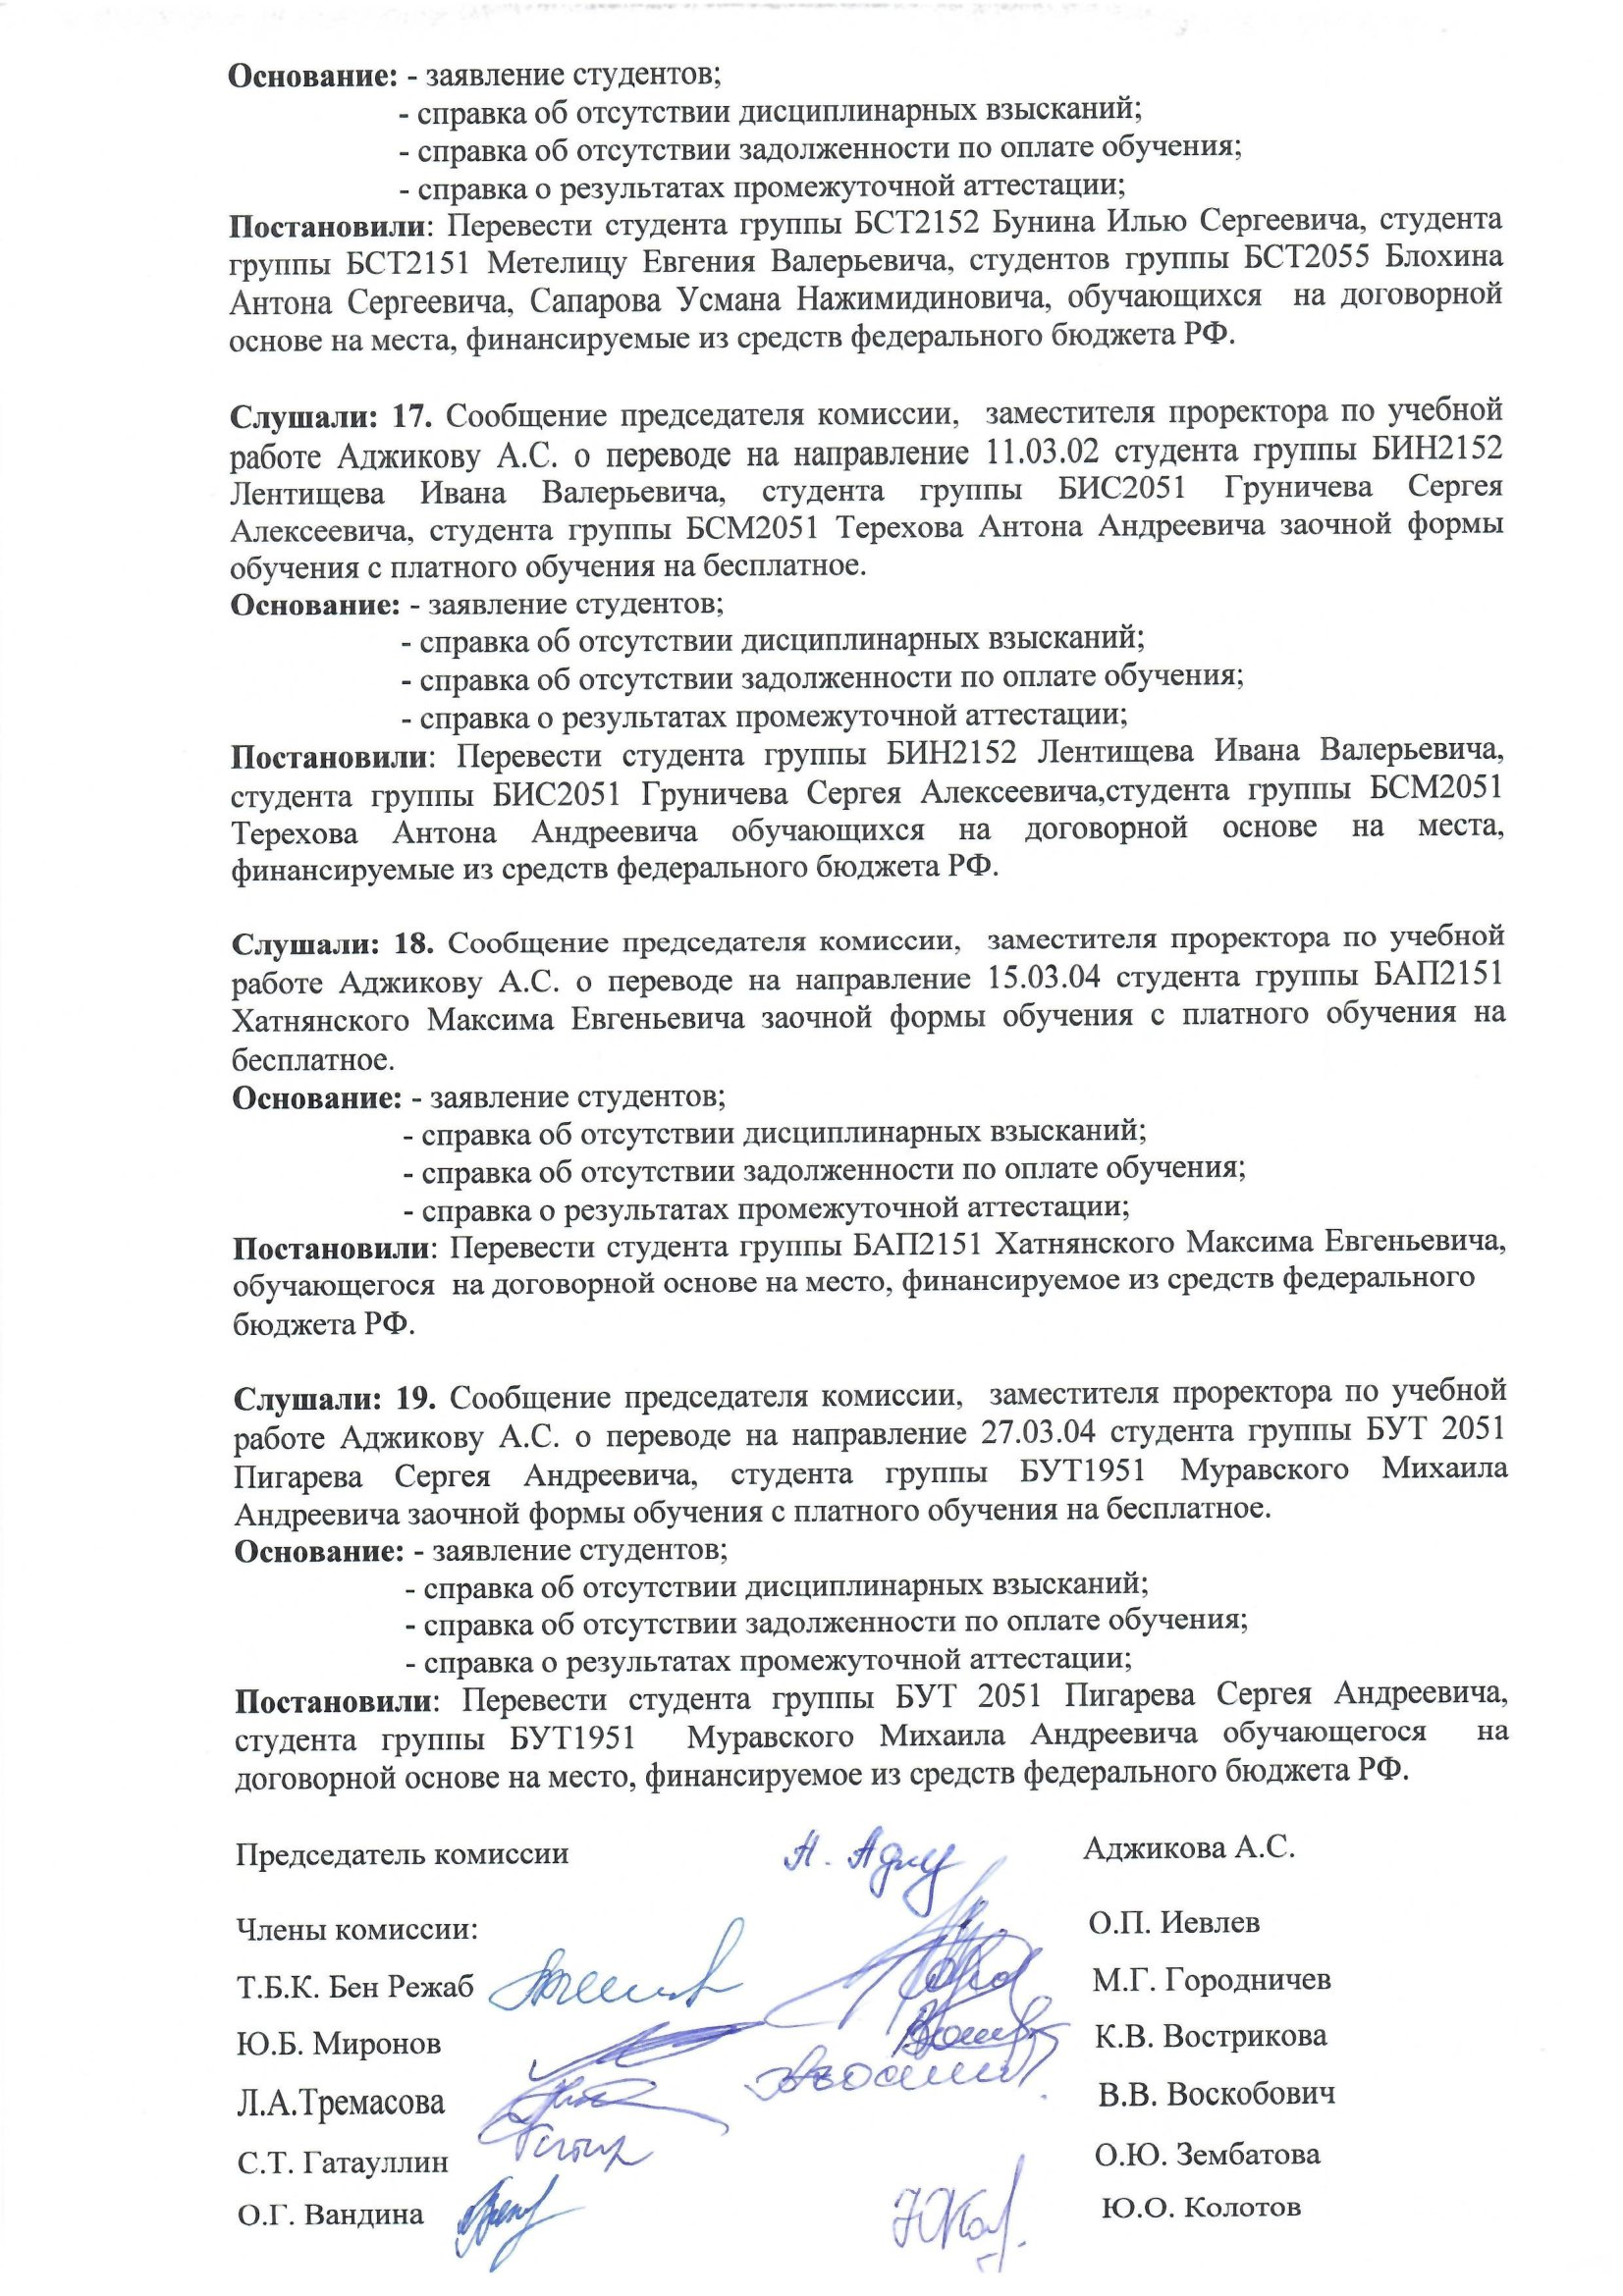
Language: ru